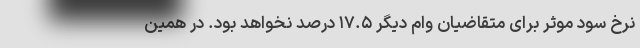
نرخ سود موثر برای متقاضیان وام دیگر ۱۷.۵ درصد نخواهد بود. در همین